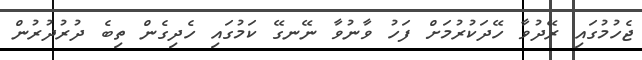
ޖެހުމުގައި ރޭދުވާ ހޭދަކުރުމަށް ފަހު ވާނުވާ ނޭނގޭ ކަމުގައި ހެދިގެން ތިބެ ދުރުދުރުން